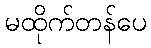
မထိုက်တန်ပေ